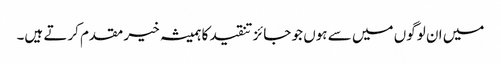
میں ان لوگوں میں سے ہوں جو جائز تنقید کا ہمیشہ خیر مقدم کرتے ہیں۔